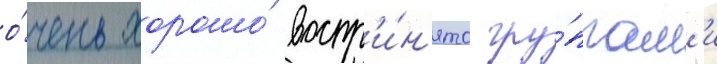
о́чень хорошо́ воспр'и́н'ято гру́ппам'и